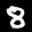
Label: 8